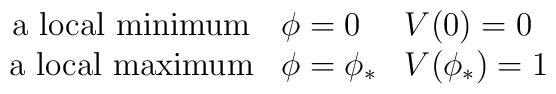
\left.	\begin{array}{cll}	\mbox{a local minimum} & \phi=0 & V(0)=0 \\	\mbox{a local maximum} & \phi=\phi_* & V(\phi_*)=1 	\end{array}\right.